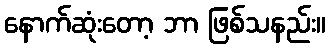
နောက်ဆုံးတော့ ဘာ ဖြစ်သနည်း။